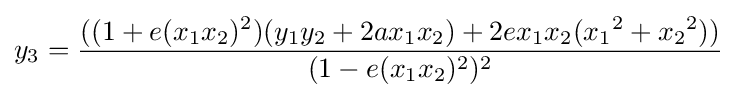
y_{3}={\frac {((1+e(x_{1}x_{2})^{2})(y_{1}y_{2}+2ax_{1}x_{2})+2ex_{1}x_{2}({x_{1}}^{2}+{x_{2}}^{2}))}{(1-e(x_{1}x_{2})^{2})^{2}}}